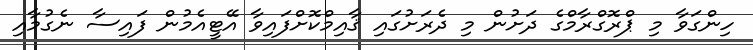
ހިންގަވާ މި ޕްރޮގްރާމްގެ ދަށުން މި ދެރަށުގައި ޤާއިމްކޮށްފައިވާ އޭޓީއެމުން ފައިސާ ނެގުމާއި